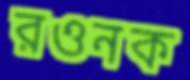
রওনক